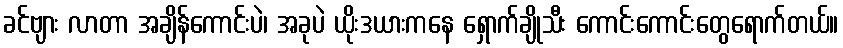
ခင်ဗျား လာတာ အချိန်ကောင်းပဲ၊ အခုပဲ ယိုးဒယားကနေ ရှောက်ချိုသီး ကောင်းကောင်းတွေရောက်တယ်။